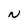
Character: N